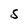
Character: S